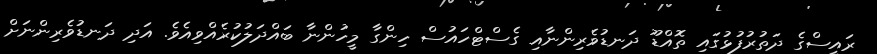
ރައީސްގެ ދަތުރުފުޅުގައި ތޮއްޑޫ ދަނޑުވެރިންނާއި ގެސްޓްހައުސް ހިންގާ މީހުންނާ ބައްދަލުކުރެއްވިއެވެ. އަދި ދަނޑުވެރިންނަށް